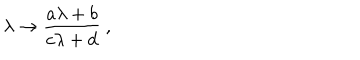
\lambda \rightarrow { \frac { a \lambda + b } { c \lambda + d } } ~ ,